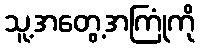
သူ့အတွေ့အကြုံကို